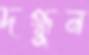
দগ্ধুন